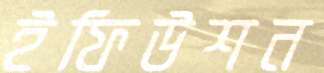
ইফিউশন